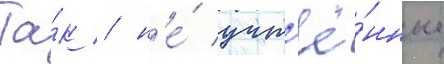
Та́к / н'е́ учт'ё́нные